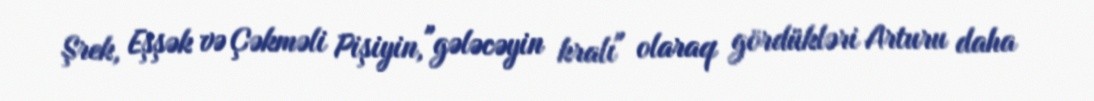
Şrek, Eşşək və Çəkməli Pişiyin, "gələcəyin kralı" olaraq gördükləri Arturu daha